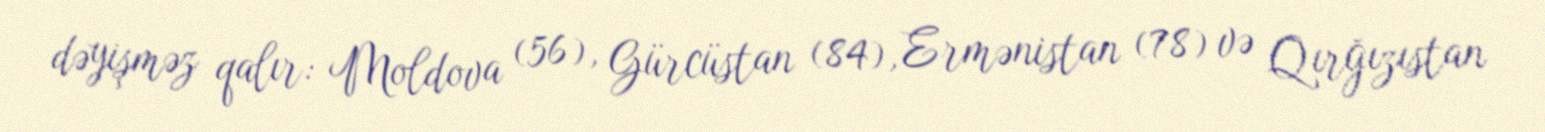
dəyişməz qalır: Moldova (56), Gürcüstan (84), Ermənistan (78) və Qırğızıstan